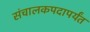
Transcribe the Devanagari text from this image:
संचालकपदापर्यंत